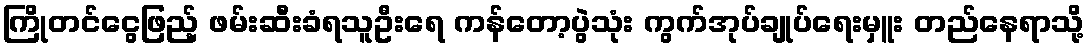
ကြိုတင်ငွေဖြည့် ဖမ်းဆီးခံရသူဦးရေ ကန်တော့ပွဲသုံး ကွက်အုပ်ချုပ်ရေးမှူး တည်နေရာသို့